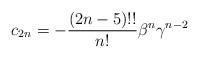
LaTeX: \begin{align*}c_{2n} = -\frac{(2n-5)!!}{n!} \beta^n \gamma^{n-2}\end{align*}